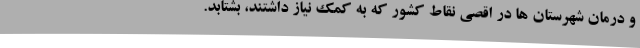
و درمان شهرستان ها در اقصی نقاط کشور که به کمک نیاز داشتند، بشتابد.